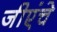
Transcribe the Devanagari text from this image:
जीएंचे